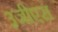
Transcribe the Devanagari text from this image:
३जीएस